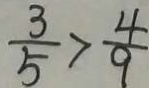
\frac { 3 } { 5 } > \frac { 4 } { 9 }